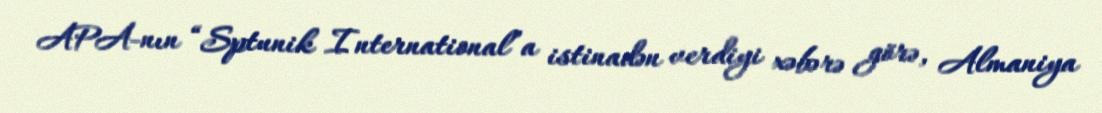
APA-nın “Sptunik International”a istinadən verdiyi xəbərə görə, Almaniya